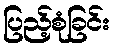
ပြည့်စုံခြင်း